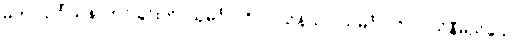
မဟာသင်္ဂါယနာတင်ခြင်းကို။ သုမင်္ဂလဝိလာသိနိယာ၊ သုမင်္ဂလဝိလာသိနီမည်သော။